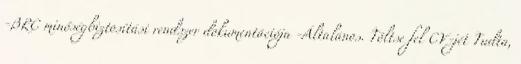
-BRC minőségbiztosítási rendszer dokumentációja -Általános. Töltse fel CV-jét Tudta,